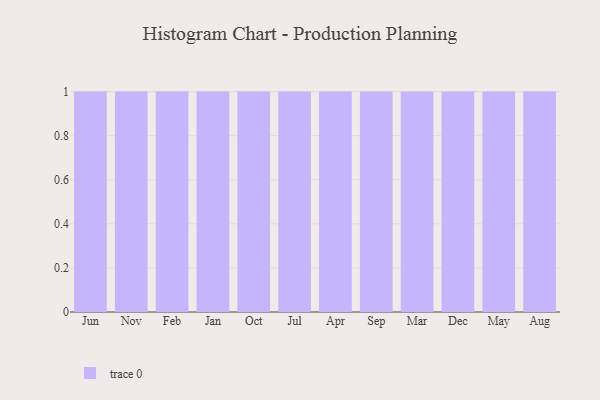
{"axis": {"x": "Month", "y": "Energy Usage (MWh)"}, "legend": [""], "data": [{"x": "Jun", "y": 45, "type": ""}, {"x": "Nov", "y": 86, "type": ""}, {"x": "Feb", "y": 82, "type": ""}, {"x": "Jan", "y": 74, "type": ""}, {"x": "Oct", "y": 31, "type": ""}, {"x": "Jul", "y": 53, "type": ""}, {"x": "Apr", "y": 5, "type": ""}, {"x": "Sep", "y": 3, "type": ""}, {"x": "Mar", "y": 39, "type": ""}, {"x": "Dec", "y": 41, "type": ""}, {"x": "May", "y": 22, "type": ""}, {"x": "Aug", "y": 94, "type": ""}]}